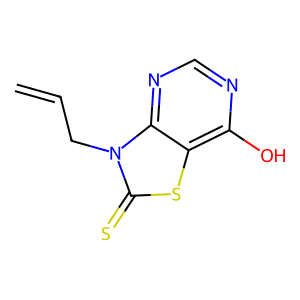
SMILES: C=CCn1c(=S)sc2c(O)ncnc21
Inhibits HIV replication: No